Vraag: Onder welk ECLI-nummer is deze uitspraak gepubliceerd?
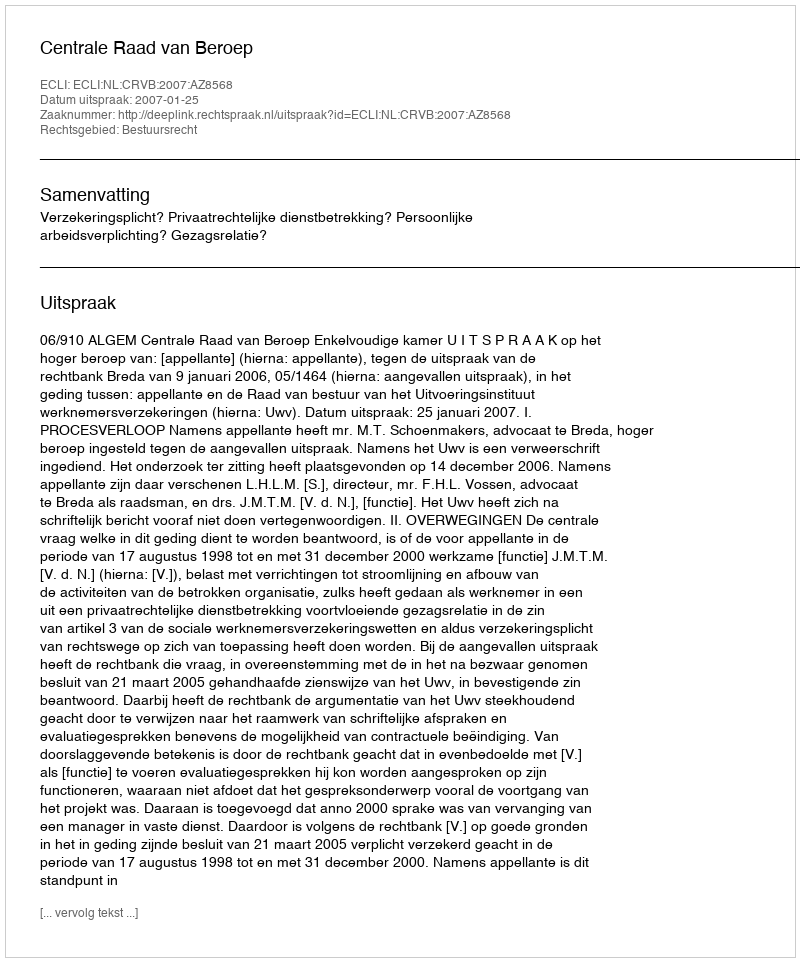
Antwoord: ECLI:NL:CRVB:2007:AZ8568